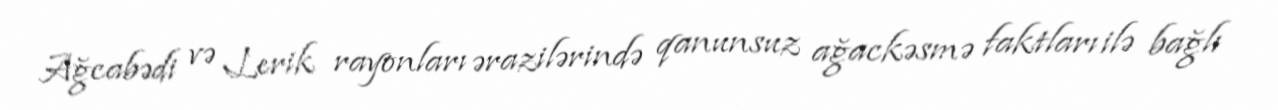
Ağcabədi və Lerik rayonları ərazilərində qanunsuz ağackəsmə faktları ilə bağlı